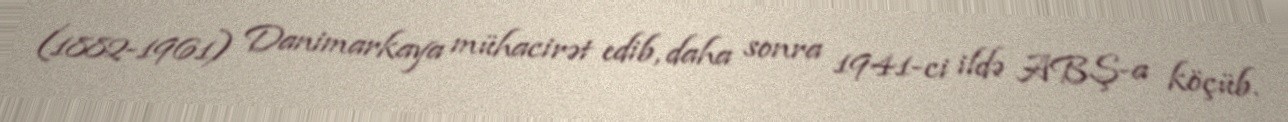
(1882-1961) Danimarkaya mühacirət edib, daha sonra 1941-ci ildə ABŞ-a köçüb.